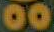
00